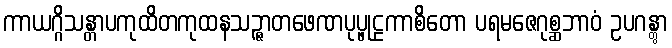
ကာယဂ္ဂိသန္တာပကုထိတကုထနသဉ္ဇာတဖေဏပုပ္ဖုဠကာစိတော ပရမဇေဂုစ္ဆဘာဝံ ဥပဂန္တွာ